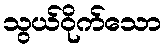
သွယ်ဝိုက်သော